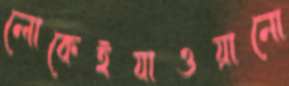
লোকেইযাওয়ানো